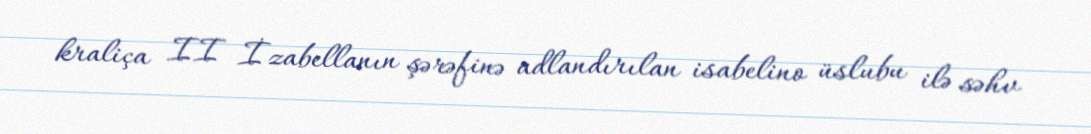
kraliça II İzabellanın şərəfinə adlandırılan isabelino üslubu ilə səhv